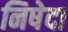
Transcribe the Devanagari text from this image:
निषेदा